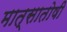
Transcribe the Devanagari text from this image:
मात्सातोषी